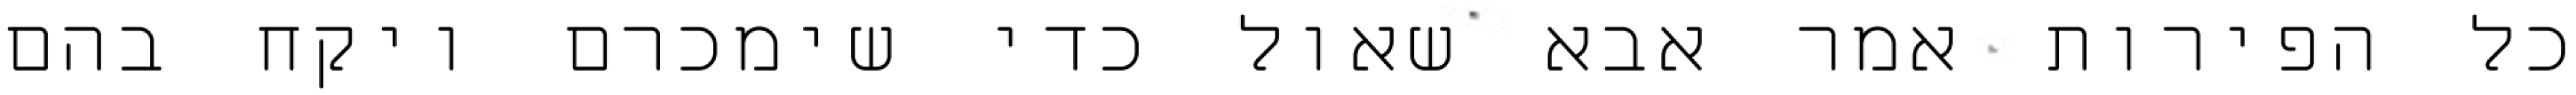
כל הפירות אמר אבא שאול כדי שימכרם ויקח בהם